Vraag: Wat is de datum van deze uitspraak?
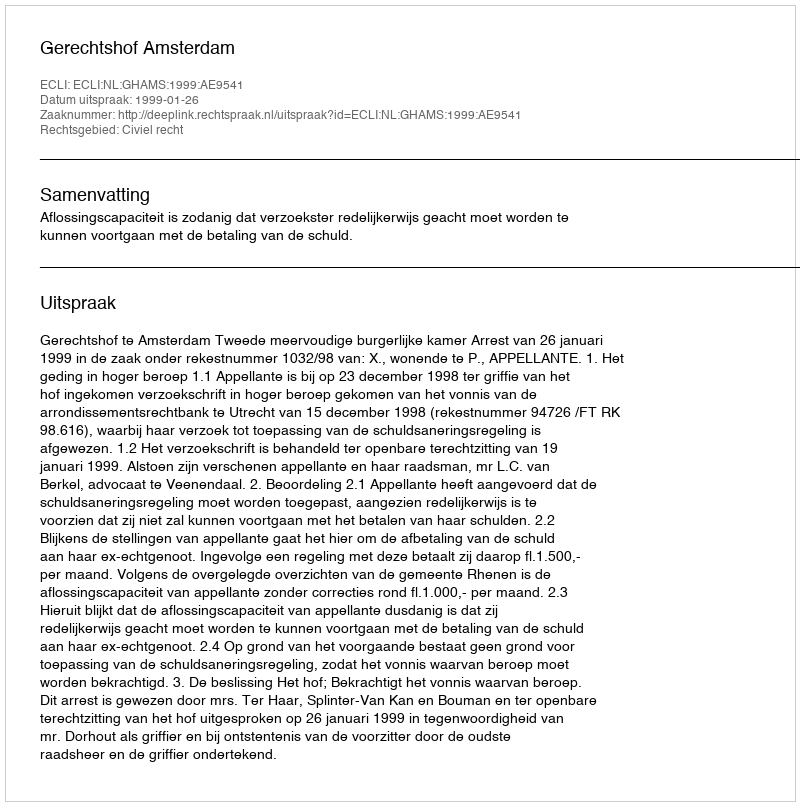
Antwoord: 1999-01-26